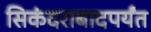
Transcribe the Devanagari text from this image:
सिकंदराबादपर्यंत